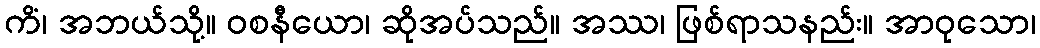
ကိံ၊ အဘယ်သို့။ ဝစနီယော၊ ဆိုအပ်သည်။ အဿ၊ ဖြစ်ရာသနည်း။ အာဝုသော၊